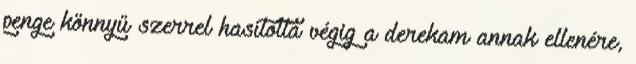
penge könnyű szerrel hasította végig a derekam annak ellenére,